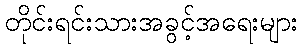
တိုင်းရင်းသားအခွင့်အရေးများ